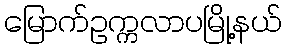
မြောက်ဥက္ကလာပမြို့နယ်